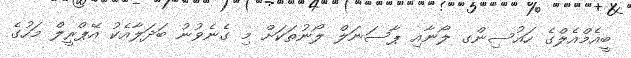
ބީއެމްއެލްގެ ހައުސިންގ ލޯނާއި ޕާސަނަލް ލޯނުތަކަށް މި ގެނެވުނު ބަދަލާއެކު އޭޕްރީލް މަހުގެ